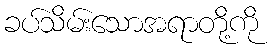
ခပ်သိမ်းသောအရာတို့ကို